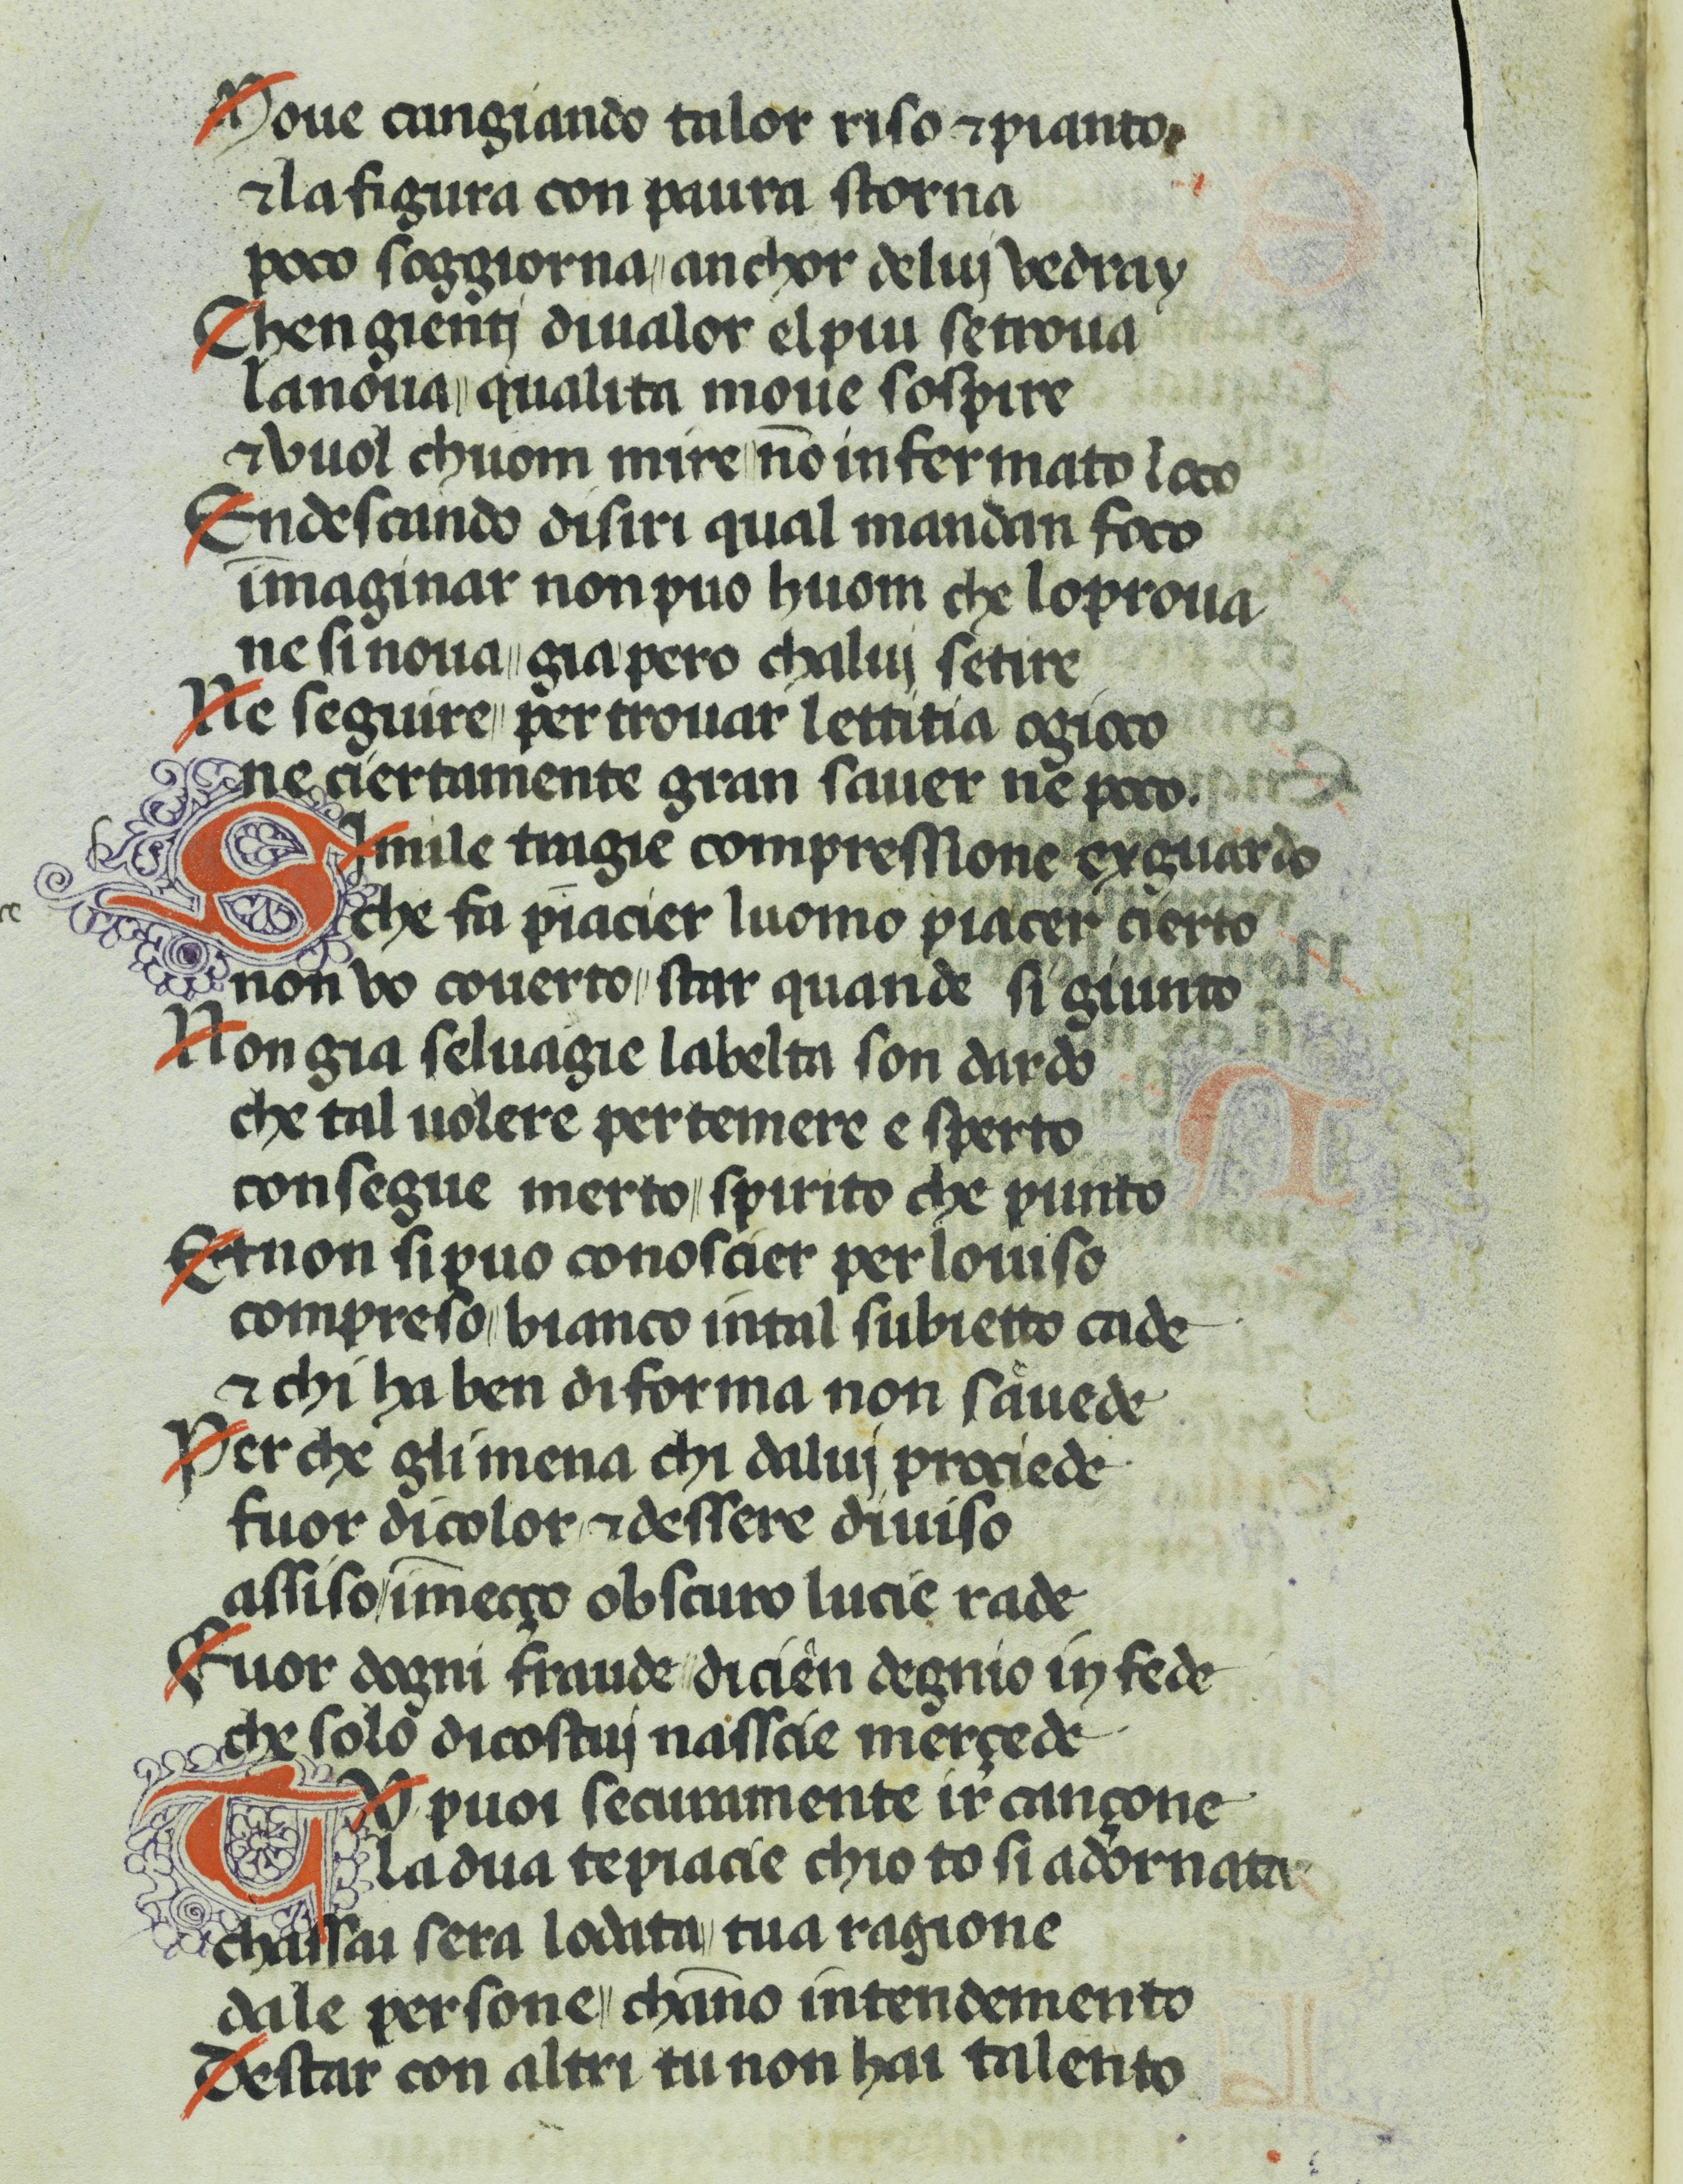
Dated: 1370–1399